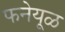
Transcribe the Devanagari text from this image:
फनेयूळ